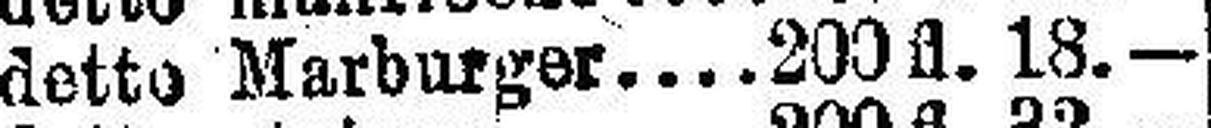
detto Marburger. 200 fl. 18.—